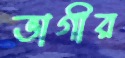
ভাগীর